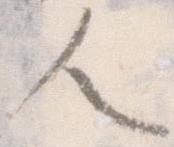
人